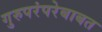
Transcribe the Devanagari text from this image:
गुरुपरंपरेबाबत